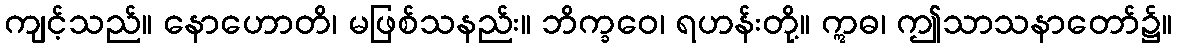
ကျင့်သည်။ နောဟောတိ၊ မဖြစ်သနည်း။ ဘိက္ခဝေ၊ ရဟန်းတို့။ ဣဓ၊ ဤသာသနာတော်၌။